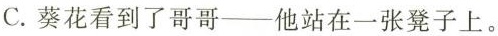
C.葵花看到了哥哥——他站在一张凳子上。